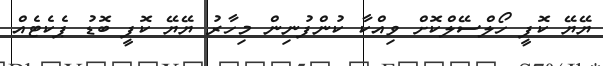
ޔޭޔޭ ކޮފީ ހޯލްސޭލްކޮށް ވިއްކާ ކުންފުނިން މިހާރު ޔޭޔޭ ކޮފީ ބޮޑު ޕެކެޓެއް